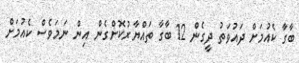
ބާގާ ކެއުމަށް ދައުވަތު ދީގެން 12 ބާގާ ތައްޔާރުކޮށްގެން އިން ނަމަވެސް ކެއުމަށް